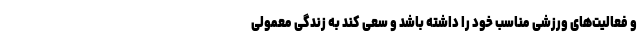
و فعالیت‌های ورزشی مناسب خود را داشته باشد و سعی کند به زندگی معمولی